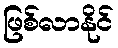
ဖြစ်လာနိုင်